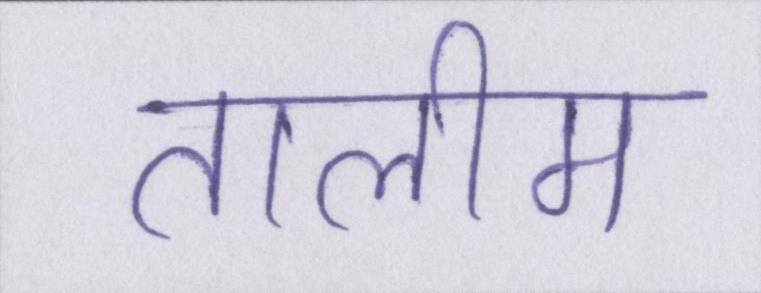
तालीम